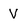
Character: v